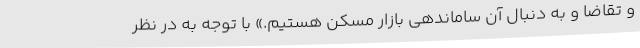
و تقاضا و به دنبال آن ساماندهی بازار مسکن هستیم.» با توجه به در نظر